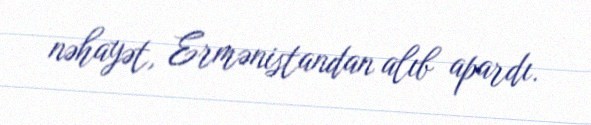
nəhayət, Ermənistandan alıb apardı.